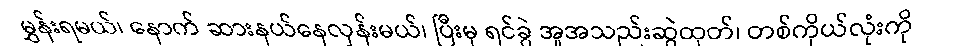
မွှန်းရမယ်၊ နောက် ဆားနယ်နေလှန်းမယ်၊ ပြီးမှ ရင်ခွဲ အူအသည်းဆွဲထုတ်၊ တစ်ကိုယ်လုံးကို